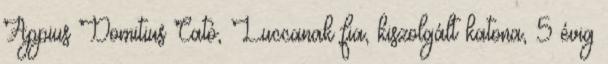
Appius Domitius Cató, Luccanak fia, kiszolgált katona, 5 évig